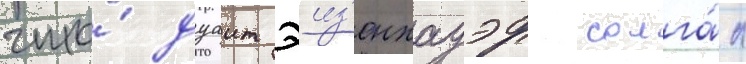
что́ дуаит эиз'енхауэр солга́л